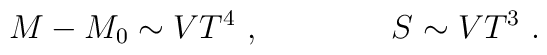
M- M_0 \sim V T^4\ , \qquad\qquad S\sim V T^3\ .